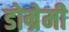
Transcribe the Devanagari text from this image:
डोम्रेमी